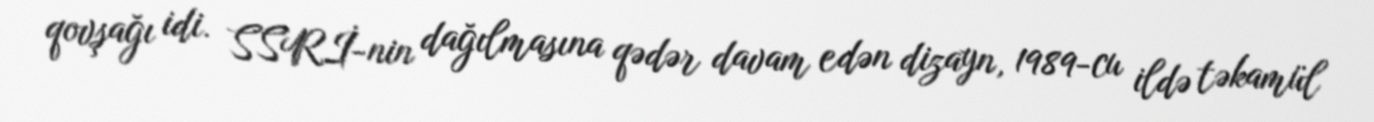
qovşağı idi. SSRİ-nin dağılmasına qədər davam edən dizayn, 1989-cu ildə təkamül